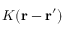
K ( \mathbf { r } - \mathbf { r } ^ { \prime } )